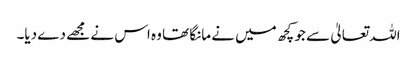
اللہ تعالیٰ سے جو کچھ میں نے مانگا تھا وہ اس نے مجھے دے دیا۔